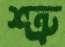
শ্ত্রু